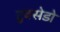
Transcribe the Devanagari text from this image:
टुक्सेडो